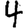
Digit: 4